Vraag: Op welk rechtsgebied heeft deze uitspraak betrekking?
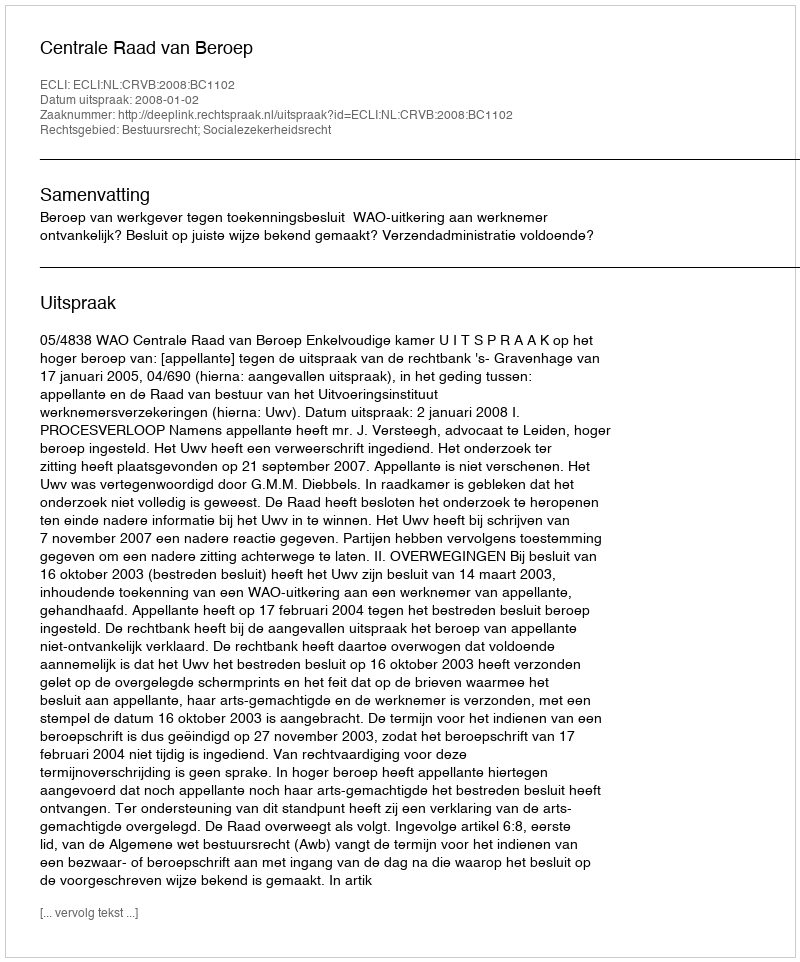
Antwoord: Bestuursrecht; Socialezekerheidsrecht